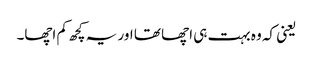
یعنی کہ وہ بہت ہی اچھا تھا اور یہ کچھ کم اچھا۔